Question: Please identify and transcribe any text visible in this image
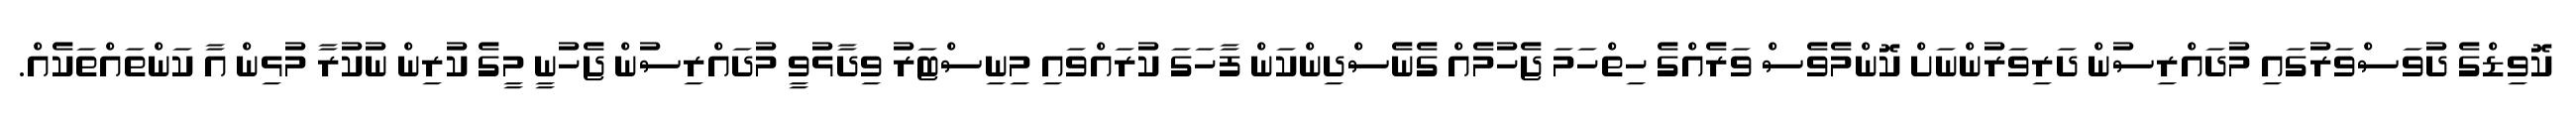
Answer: ކޮވިޑްގެ ދުވަސްވަރުގައި މުދައްރިސުން ދަރިވަރުންނަށް ކޮންމެވެސް ވަރެއްގެ ހިތްހަމަ ޖެހުމެއް ގެނެސްދިންކަން ފާހަގަ ކުރައްވައި މިނިސްޓަރު ވިދާޅުވީ މުދައްރިސުން ޖެހުނީ މީގެ ކުރިން ނުކުރާ މުޅިން އާ ކަންތައްތަކެއް.